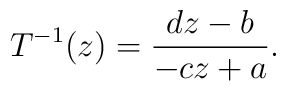
T^{-1}(z) = \frac{dz-b}{-cz +a}.